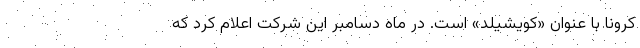
کرونا با عنوان «کویشیلد» است. در ماه دسامبر این شرکت اعلام کرد که